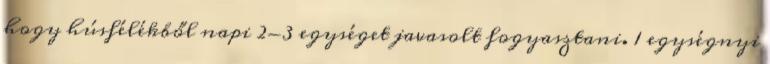
hogy húsfélékből napi 2-3 egységet javasolt fogyasztani. 1 egységnyi